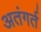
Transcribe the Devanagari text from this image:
अतंगर्त